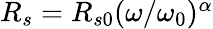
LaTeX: \begin{array}{r}{R_{s}=R_{s0}(\omega/\omega_{0})^{\alpha}}\end{array}